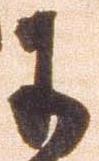
于